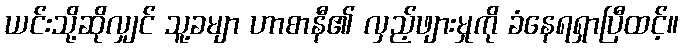
ယင်းသို့ဆိုလျှင် သူ့ခမျာ ဟာစာနီ၏ လှည့်ဖျားမှုကို ခံနေရရှာပြီထင့်။